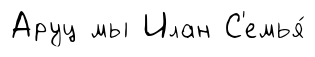
Аруц мы Илан С'емья́